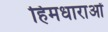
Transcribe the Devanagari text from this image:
हिमधाराओं